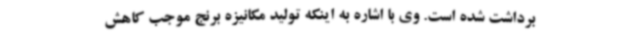
برداشت شده است. وی با اشاره به اینکه تولید مکانیزه برنج موجب کاهش